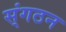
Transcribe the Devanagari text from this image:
स्ंगठन